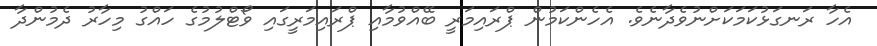
އެހާ ރަނގަޅުކަމަކަށްނުވެދާނެވެ. އެހެންކަމުން ޕްރައިމަރީ ބޭއްވުމާއި ޕްރައިމަރީގައި ވޯޓްލުމުގެ ހައްގު މިހާރު ދެމުންދާ